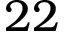
2 2